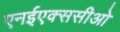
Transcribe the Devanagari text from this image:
एनईएक्ससीओ